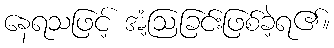
နေရသဖြင့် အံ့ဩခြင်းဖြစ်ခဲ့ရ၏။